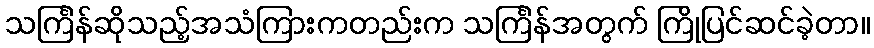
သင်္ကြန်ဆိုသည့်အသံကြားကတည်းက သင်္ကြန်အတွက် ကြိုပြင်ဆင်ခဲ့တာ။